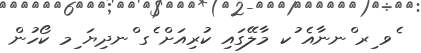
ެވ ިރ ްނނާއެ ުކ މާލޭގައި ކުރިއަށް ެގ ްނދިޔަ ިމ ކޯހުން